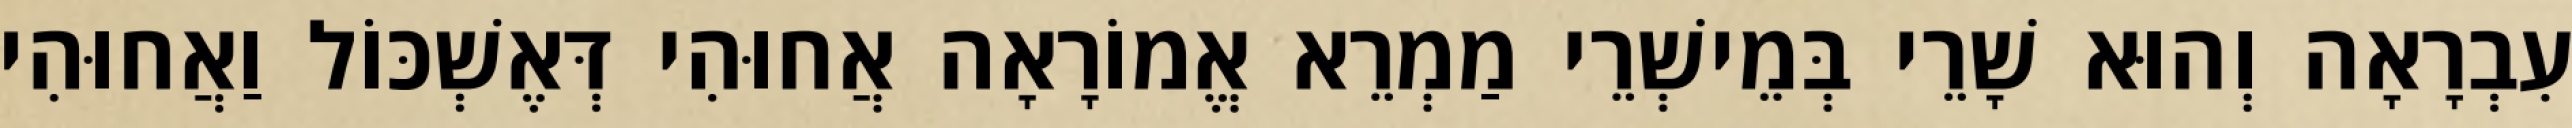
עִבְרָאָה וְהוּא שָׁרֵי בְּמֵישְׁרֵי מַמְרֵא אֱמוֹרָאָה אֲחוּהִי דְּאֶשְׁכּוֹל וַאֲחוּהִי